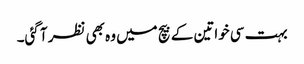
بہت سی خواتین کے بیچ میں وہ بھی نظر آ گئی۔